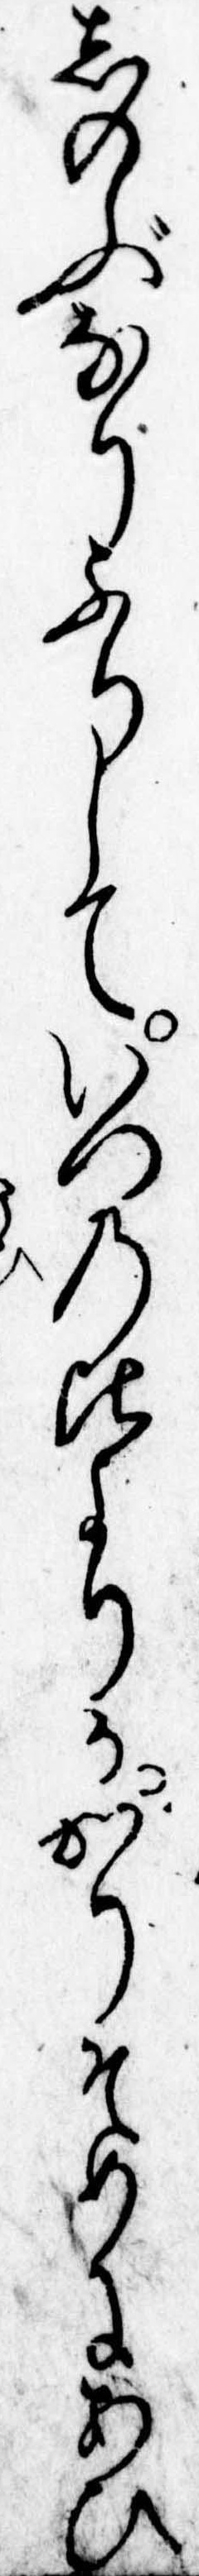
しのぶなりふりしていつの比よりかかりそめにあひ